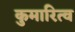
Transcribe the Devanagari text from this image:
कुमारित्व